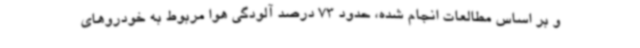
و بر اساس مطالعات انجام شده، حدود 73 درصد آلودگی هوا مربوط به خودروهای